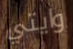
وايتي